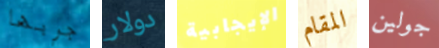
جربها دولار الإيجابية المقام جولين